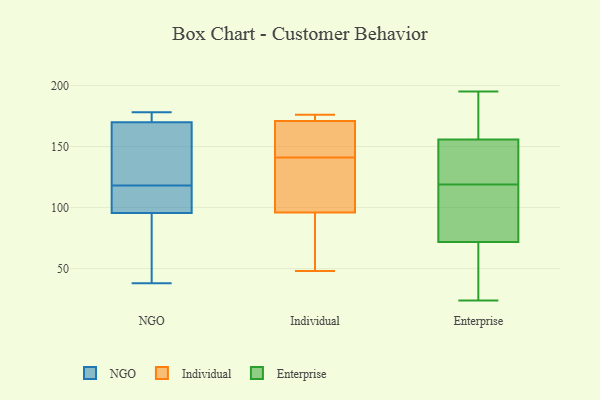
{"axis": {"x": "Revenue (USD Million)", "y": "Value"}, "legend": ["Enterprise", "Individual", "NGO"], "data": [{"x": "", "y": 178, "type": "NGO"}, {"x": "", "y": 131, "type": "NGO"}, {"x": "", "y": 166, "type": "NGO"}, {"x": "", "y": 127, "type": "NGO"}, {"x": "", "y": 174, "type": "NGO"}, {"x": "", "y": 92, "type": "NGO"}, {"x": "", "y": 99, "type": "NGO"}, {"x": "", "y": 177, "type": "NGO"}, {"x": "", "y": 57, "type": "NGO"}, {"x": "", "y": 38, "type": "NGO"}, {"x": "", "y": 109, "type": "NGO"}, {"x": "", "y": 105, "type": "NGO"}, {"x": "", "y": 171, "type": "Individual"}, {"x": "", "y": 96, "type": "Individual"}, {"x": "", "y": 149, "type": "Individual"}, {"x": "", "y": 133, "type": "Individual"}, {"x": "", "y": 48, "type": "Individual"}, {"x": "", "y": 165, "type": "Individual"}, {"x": "", "y": 176, "type": "Individual"}, {"x": "", "y": 112, "type": "Individual"}, {"x": "", "y": 51, "type": "Individual"}, {"x": "", "y": 173, "type": "Individual"}, {"x": "", "y": 137, "type": "Enterprise"}, {"x": "", "y": 125, "type": "Enterprise"}, {"x": "", "y": 104, "type": "Enterprise"}, {"x": "", "y": 66, "type": "Enterprise"}, {"x": "", "y": 119, "type": "Enterprise"}, {"x": "", "y": 175, "type": "Enterprise"}, {"x": "", "y": 63, "type": "Enterprise"}, {"x": "", "y": 54, "type": "Enterprise"}, {"x": "", "y": 24, "type": "Enterprise"}, {"x": "", "y": 52, "type": "Enterprise"}, {"x": "", "y": 105, "type": "Enterprise"}, {"x": "", "y": 162, "type": "Enterprise"}, {"x": "", "y": 89, "type": "Enterprise"}, {"x": "", "y": 195, "type": "Enterprise"}, {"x": "", "y": 176, "type": "Enterprise"}, {"x": "", "y": 178, "type": "Enterprise"}, {"x": "", "y": 126, "type": "Enterprise"}, {"x": "", "y": 128, "type": "Enterprise"}, {"x": "", "y": 92, "type": "Enterprise"}]}